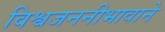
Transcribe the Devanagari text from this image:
विश्वजननीभावाने